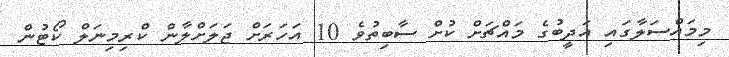
މިމައްސަލާގައި އަދީބުގެ މައްޗަށް ކުށް ސާބިތުވެ 10 އަހަރަށް ޖަލަށްލާން ކްރިމިނަލް ކޯޓުން